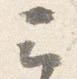
云